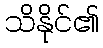
သိနိုင်၏